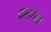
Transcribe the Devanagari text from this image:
कृतघ्ना